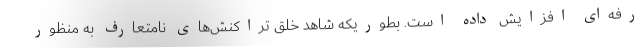
رفه‌ای افزایش داده است. بطوریکه شاهد خلق تراکنش‌های نامتعارف به منظور